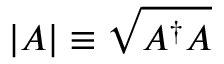
| A | \equiv { \sqrt { A ^ { \dagger } A } }